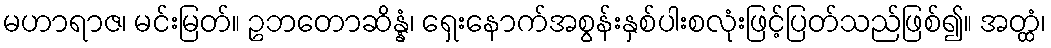
မဟာရာဇ၊ မင်းမြတ်။ ဥဘတောဆိန္နံ၊ ရှေးနောက်အစွန်းနှစ်ပါးစလုံးဖြင့်ပြတ်သည်ဖြစ်၍။ အတ္ထံ၊